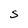
Character: S